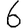
Digit: 6